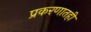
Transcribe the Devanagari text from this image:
प्रकरणातही